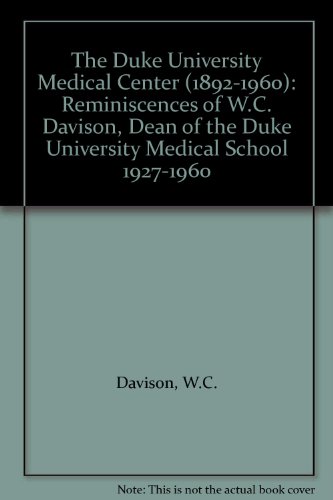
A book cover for The Duke University Medical Center (1892-1960): Reminiscences of W.C. Davison, Dean of the Duke University Medical School 1927-1960; W.C. Davison; Education & Teaching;